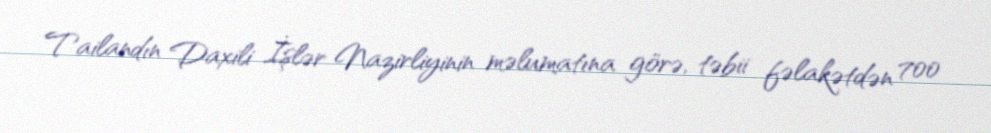
Tailandın Daxili İşlər Nazirliyinin məlumatına görə, təbii fəlakətdən 700